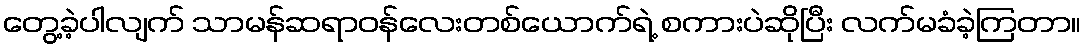
တွေ့ခဲ့ပါလျက် သာမန်ဆရာဝန်လေးတစ်ယောက်ရဲ့ စကားပဲဆိုပြီး လက်မခံခဲ့ကြတာ။